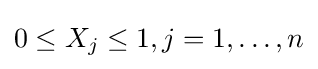
0\leq X_{j}\leq 1,j=1,\dots ,n